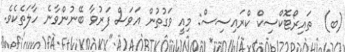
(ބ)  ތައިރޯޓޮކްސިކް ކްރައިސިސް: މިއީ ވަގުތުން އަވަސް ފަރުވާ ބޭނުންވާނެ ހާލަތެކެވެ.